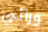
ورائي